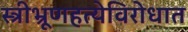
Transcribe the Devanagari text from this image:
स्त्रीभ्रूणहत्येविरोधात